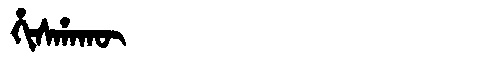
Manchu: ᡥᡳᠰᡥᠠᡴᡡ
Romanization: HISHAKŪ